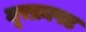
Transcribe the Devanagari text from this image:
मूरक्राफ्ट